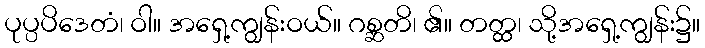
ပုပ္ပပိဒေတံ၊ ဝါ။ အရှေ့ကျွန်းဝယ်။ ဂစ္ဆတိ၊ ၏။ တတ္ထ၊ သို့အရှေ့ကျွန်း၌။